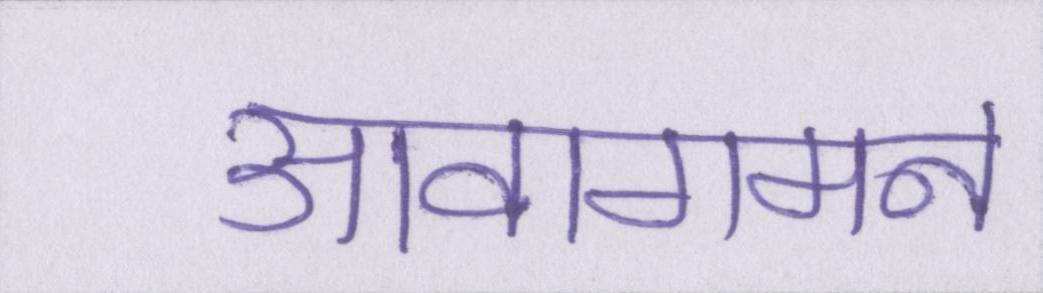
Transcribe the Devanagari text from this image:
आवागमन